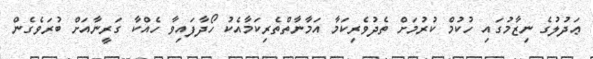
ޢަދުލުގެ ނިޒާމުގައި ހުކުމް ކުރުމަށް ތެދުވެރިކަމާ އަމާނާތްތެރިކަމާއެކު ހޯދާފައިވާ ހެއްކާ ގަރީނާއަށް ބުރަވެގެން